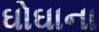
ઘોઘાના